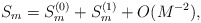
\begin{align*}S_m=S_m^{(0)}+ S_m^{(1)}+O(M^{-2}),\end{align*}